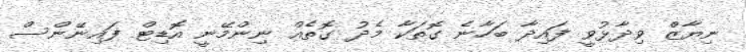
ނިޔާޒް ވިދާޅުވީ ފައިދާ ބަހާނެ ގޮތަކާ މެދު ގޮތެއް ނިންމޭނީ އޮޑިޓް ފައިނޭންސް